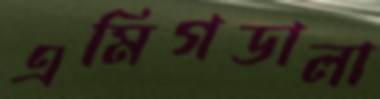
এমিগডালা